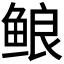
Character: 鿶